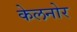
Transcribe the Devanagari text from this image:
केलनोर